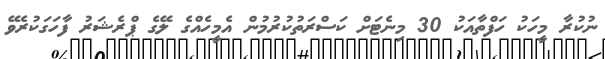
ނުކުރާ މީހަކު ހަފްތާއަކު 30 މިނެޓަށް ކަސްރަތުކުރުމުން އެމީހެއްގެ ލޭގެ ޕްރެޝަރު ފާހަގަކުރެވޭ